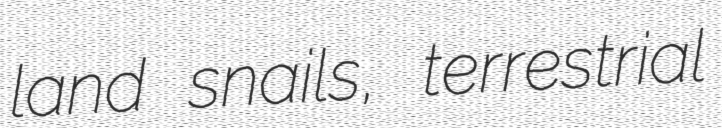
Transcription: land snails, terrestrial